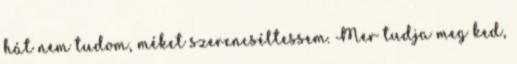
hát nem tudom, méket szerencséltessem. Mer tudja meg ked,